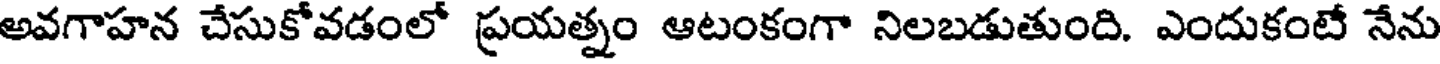
అవగాహన చేసుకోవడంలో ప్రయత్నం ఆటంకంగా నిలబడుతుంది. ఎందుకంటే నేను